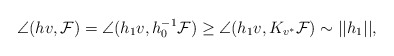
\begin{align*}\angle(hv,\mathcal{F})= \angle(h_1v,h_0^{-1}\mathcal{F})\geq \angle(h_1v,K_{v^*}\mathcal{F})\sim ||h_1||,\end{align*}